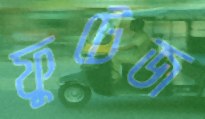
ফুটেজ